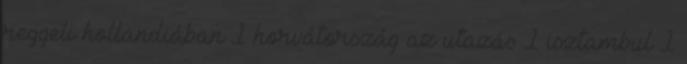
reggeli hollandiában 1 horvátország az utazás 1 isztambul 1